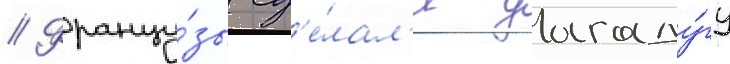
// Францу́зы сд'е́лал'и уагаду́гу